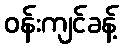
ဝန်းကျင်ခန့်